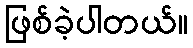
ဖြစ်ခဲ့ပါတယ်။